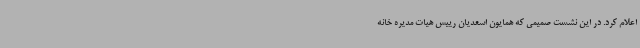
اعلام کرد. در این نشست صمیمی که همایون اسعدیان رییس هیات مدیره خانه